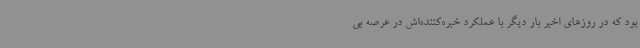
بود که در روزهای اخیر بار دیگر با عملکرد خیره‌کننده‌اش در عرصه بی